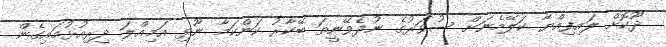
ދޫކޮށް ލައިފިއްޔާ ކަލޭމެނަށް ސުވަރުގެ ނުދެވޭނީތަ ބޭކާރު ކަންކަމާ ނޫޅި އަމިއްލަ ދިރިއުޅުމައިގެން